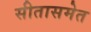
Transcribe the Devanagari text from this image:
सीतासमेत